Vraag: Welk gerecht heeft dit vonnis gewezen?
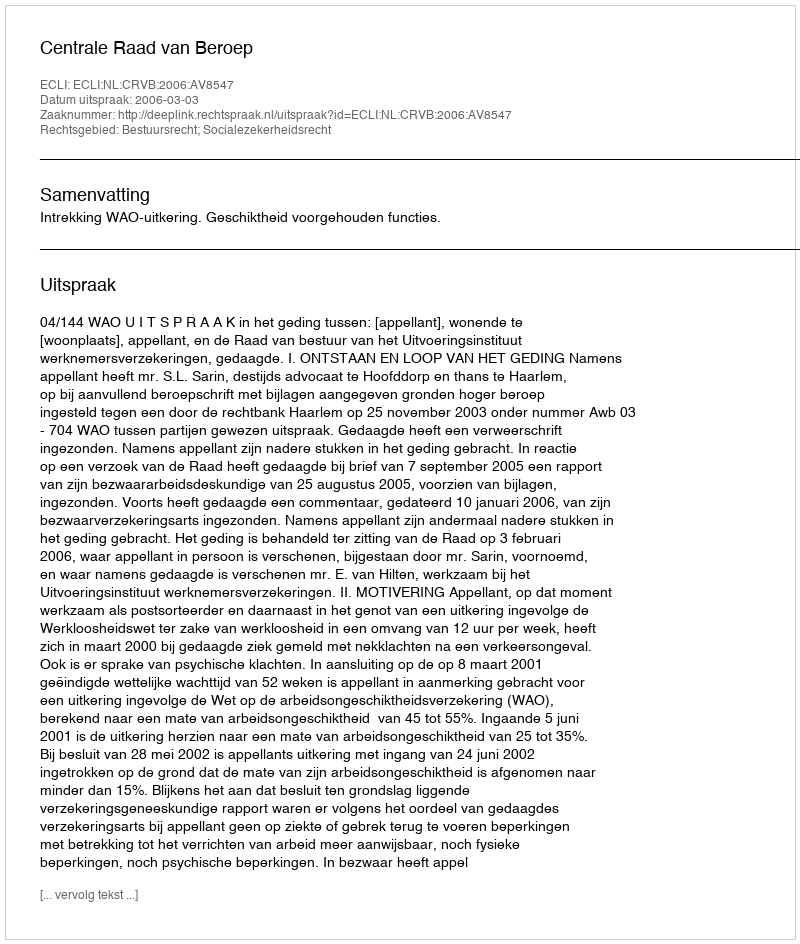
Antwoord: Centrale Raad van Beroep